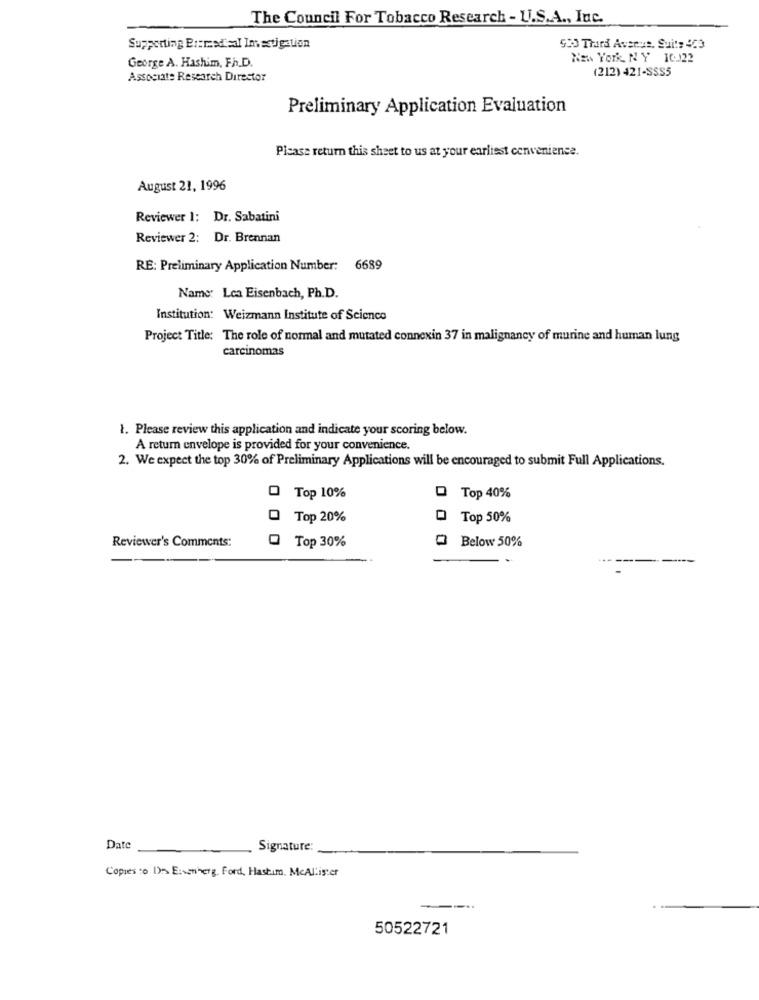
The Council For Tobacco Research - U.S.A ., Inc.
Supporting Brerasd'al Investigation
530 Third Avenue, Suite 423
George A. Hashim, Fh.D.
NEW YORK, NY 1CJ22
(212) 421-SSS5
Associate Research Director
Preliminary Application Evaluation
Pisase return this sheet to us at your earliest convenience.
August 21, 1996
Reviewer 1: Dr. Sabatini
Reviewer 2: Dr. Brennan
RE: Preliminary Application Number: 6689
Name: Lca Eisenbach, Ph.D.
Institution: Weizmann Institute of Science
Project Title: The role of normal and mutated connexin 37 in malignancy of murine and human lung
carcinomas
1. Please review this application and indicate your scoring below.
A return envelope is provided for your convenience.
2. We expect the top 30% of Preliminary Applications will be encouraged to submit Full Applications.
Top 10%
Top 40%
Top 20%
D Top 50%
Reviewer's Comments:
Below 50%
@ Top 30%
Date
Signature:
Copies :0 1) Eiwineng. Ford, Hashim. McAllister
-..
50522721